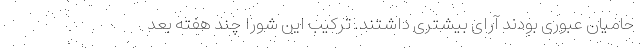
حامیان عبوری بودند آرای بیشتری داشتند. ترکیب این شورا چند هفته بعد